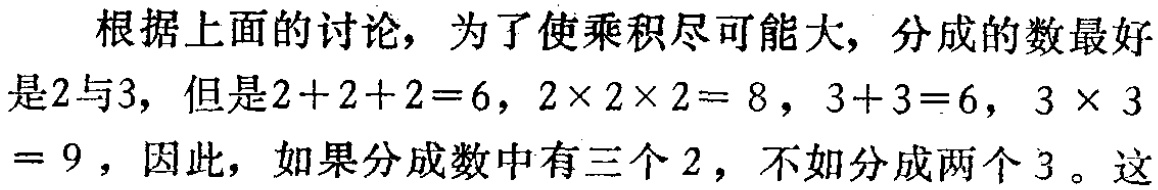
根据上面的讨论，为了使乘积尽可能大，分成的数最好是\(2\)与\(3\)，但是\(2 + 2 + 2 = 6\)，\(2\times2\times2 = 8\)，\(3 + 3 = 6\)，\(3\times 3= 9\)，因此，如果分成数中有三个\(2\)，不如分成两个\(3\)。这